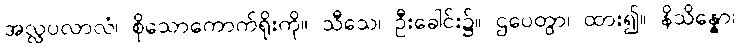
အလ္လပလာလံ၊ စိုသောကောက်ရိုးကို။ သီသေ၊ ဦးခေါင်း၌။ ဌပေတွာ၊ ထား၍။ နိသိန္နော၊